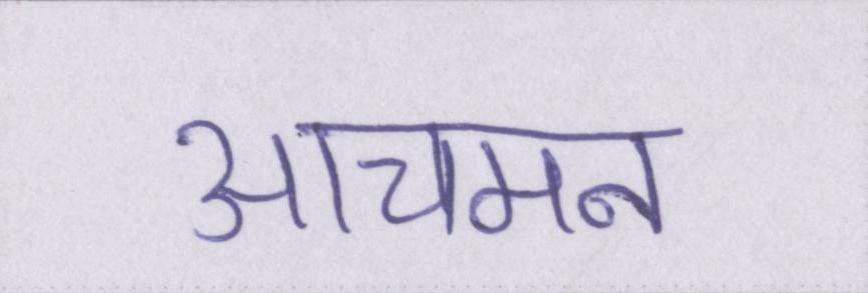
आचमन